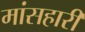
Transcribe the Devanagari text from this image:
मांसहारी